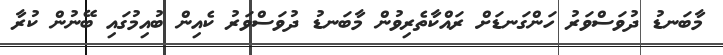
މާބަނޑު ދުވަސްވަރު ހަންގަނޑަށް ރައްކާތެރިވުން މާބަނޑު ދުވަސްވަރު ކެއިން ބުއިމުގައި ބޭނުން ކުރާ